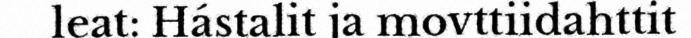
leat: Hástalit ja movttiidahttit